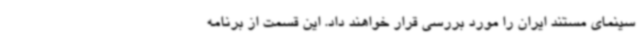
سینمای مستند ایران را مورد بررسی قرار خواهند داد. این قسمت از برنامه